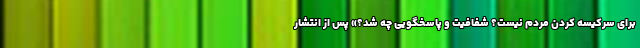
برای سرکیسه کردن مردم نیست؟ شفافیت و پاسخگویی چه شد؟» پس از انتشار